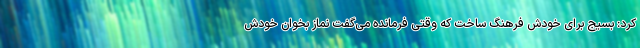
کرد: بسیج برای خودش فرهنگ ساخت که وقتی فرمانده می‌گفت نماز بخوان خودش